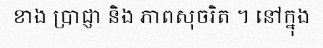
ខាង ប្រាជ្ញា និង ភាពសុចរិត ។ នៅក្នុង